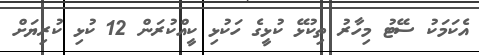
އެކަމަކު ސޭޓު މިހާރު ތިކުޅޭ ކުޅީގެ ހަކުޅި ކީއްކުރަން 12 ކުޅި ކުރިޔަށް